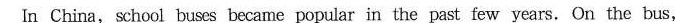
In China, school buses became popular in the past few years. On the bus,